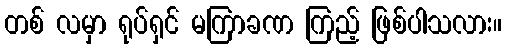
တစ် လမှာ ရုပ်ရှင် မကြာခဏ ကြည့် ဖြစ်ပါသလား။